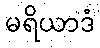
မရိယာဒံ